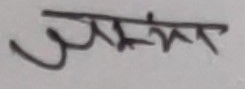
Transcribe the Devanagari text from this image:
उत्सव